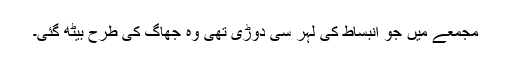
مجمعے میں جو انبساط کی لہر سی دوڑی تھی وہ جھاگ کی طرح بیٹھ گئی۔